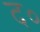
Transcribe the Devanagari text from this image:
द०